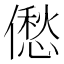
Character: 僽